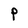
Character: P